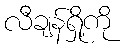
လီချန်ရှို့ကို